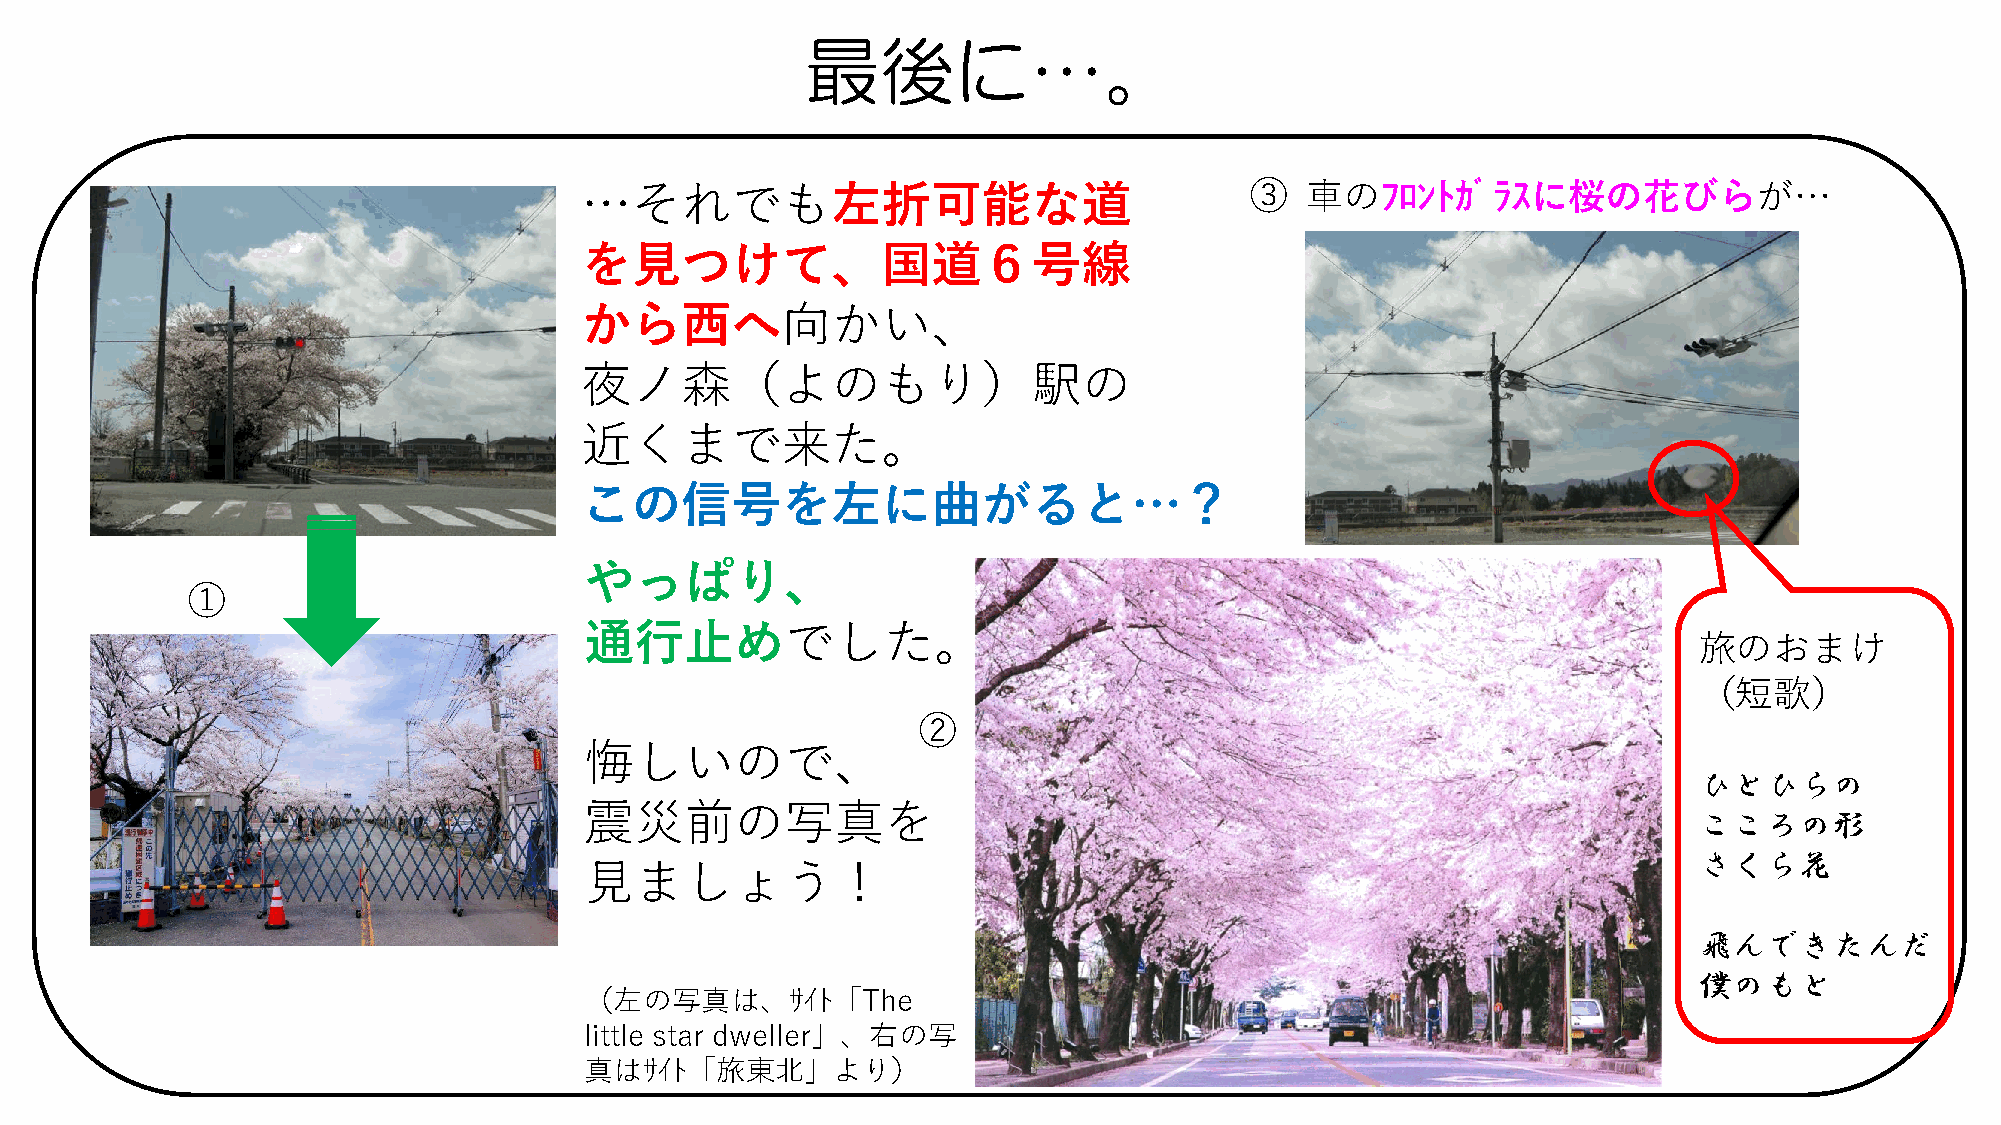
最後に…。
 …それでも左折可能な道                                  ③  車のﾌﾛﾝﾄｶﾞﾗｽに桜の花びらが…
 を見つけて、国道６号線
 から西へ向かい、
 夜ノ森（よのもり）駅の
 近くまで来た。
 この信号を左に曲がると…？
 やっぱり、
 ①
 通行止めでした。
 旅のおまけ
 （短歌）
 ②
 悔しいので、
 ひとひらの
 震災前の写真を
 こころの形
 さくら花
 見ましょう！
 飛んできたんだ
 僕のもと
 （左の写真は、ｻｲﾄ「The
 little star dweller」、右の写
 真はｻｲﾄ「旅東北」より）